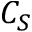
C _ { S }